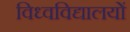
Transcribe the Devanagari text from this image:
विध्वविद्यालयों